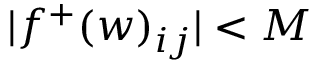
| f ^ { + } ( w ) _ { i j } | < M